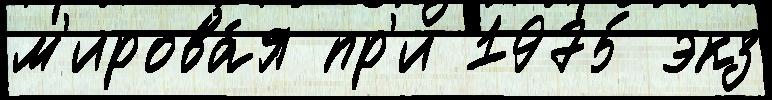
м'ирова́я пр'и 1975 экз